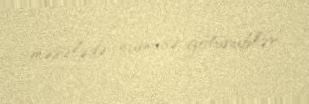
məsələdə nümunə götürüblər.